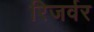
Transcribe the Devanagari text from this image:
रिजर्वर